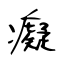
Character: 癡